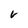
Character: V